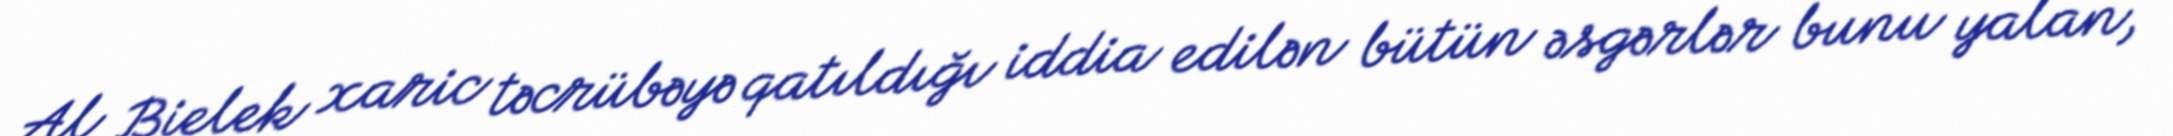
Al Bielek xaric təcrübəyə qatıldığı iddia edilən bütün əsgərlər bunu yalan,